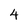
Character: 4